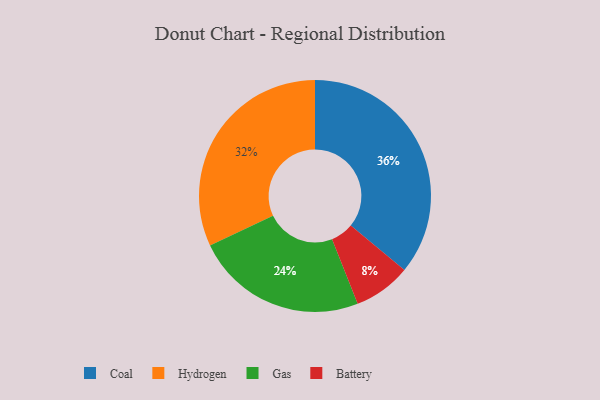
{"axis": {"x": "Category", "y": "Percentage"}, "legend": ["Battery", "Coal", "Gas", "Hydrogen"], "data": [{"x": "Battery", "y": 8, "type": "Battery"}, {"x": "Coal", "y": 36, "type": "Coal"}, {"x": "Gas", "y": 24, "type": "Gas"}, {"x": "Hydrogen", "y": 32, "type": "Hydrogen"}]}